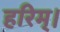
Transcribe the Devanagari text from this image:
हरिम्।